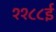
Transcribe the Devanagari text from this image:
११८८ई